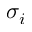
\sigma _ { i }